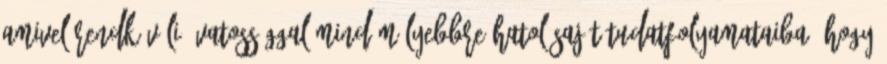
amivel rendkívüli óvatossággal mind mélyebbre hatol saját tudatfolyamataiba, hogy